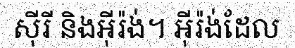
ស៊ីរី និងអ៊ីរ៉ង់។ អ៊ីរ៉ង់ដែល